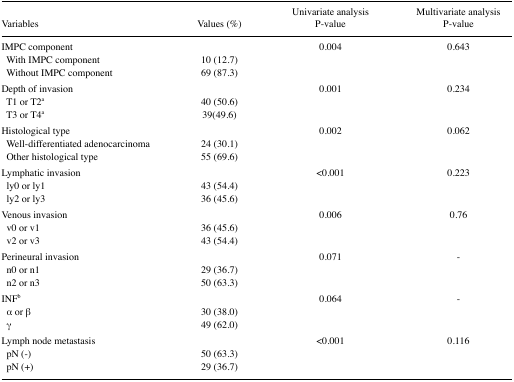
<table><thead><tr><td><b>Variables</b></td><td><b>Values (%)</b></td><td><b>Univariate analysis P-value</b></td><td><b>Multivariate analysis P-value</b></td></tr></thead><tbody><tr><td>IMPC component</td><td></td><td>0.004</td><td>0.643</td></tr><tr><td> With IMPC component</td><td>10 (12.7)</td><td></td><td></td></tr><tr><td> Without IMPC component</td><td>69 (87.3)</td><td></td><td></td></tr><tr><td>Depth of invasion</td><td></td><td>0.001</td><td>0.234</td></tr><tr><td> T1 or T2a</td><td>40 (50.6)</td><td></td><td></td></tr><tr><td> T3 or T4a</td><td>39(49.6)</td><td></td><td></td></tr><tr><td>Histological type</td><td></td><td>0.002</td><td>0.062</td></tr><tr><td> Well-differentiated adenocarcinoma</td><td>24 (30.1)</td><td></td><td></td></tr><tr><td> Other histological type</td><td>55 (69.6)</td><td></td><td></td></tr><tr><td>Lymphatic invasion</td><td></td><td>&lt;0.001</td><td>0.223</td></tr><tr><td> ly0 or ly1</td><td>43 (54.4)</td><td></td><td></td></tr><tr><td> ly2 or ly3</td><td>36 (45.6)</td><td></td><td></td></tr><tr><td>Venous invasion</td><td></td><td>0.006</td><td>0.76</td></tr><tr><td> v0 or v1</td><td>36 (45.6)</td><td></td><td></td></tr><tr><td> v2 or v3</td><td>43 (54.4)</td><td></td><td></td></tr><tr><td>Perineural invasion</td><td></td><td>0.071</td><td>-</td></tr><tr><td> n0 or n1</td><td>29 (36.7)</td><td></td><td></td></tr><tr><td> n2 or n3</td><td>50 (63.3)</td><td></td><td></td></tr><tr><td>INFb</td><td></td><td>0.064</td><td>-</td></tr><tr><td> α or β</td><td>30 (38.0)</td><td></td><td></td></tr><tr><td> γ</td><td>49 (62.0)</td><td></td><td></td></tr><tr><td>Lymph node metastasis</td><td></td><td>&lt;0.001</td><td>0.116</td></tr><tr><td> pN (−)</td><td>50 (63.3)</td><td></td><td></td></tr><tr><td> pN (+)</td><td>29 (36.7)</td><td></td><td></td></tr></tbody></table>